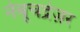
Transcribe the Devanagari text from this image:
नेबूचद्रेज़र